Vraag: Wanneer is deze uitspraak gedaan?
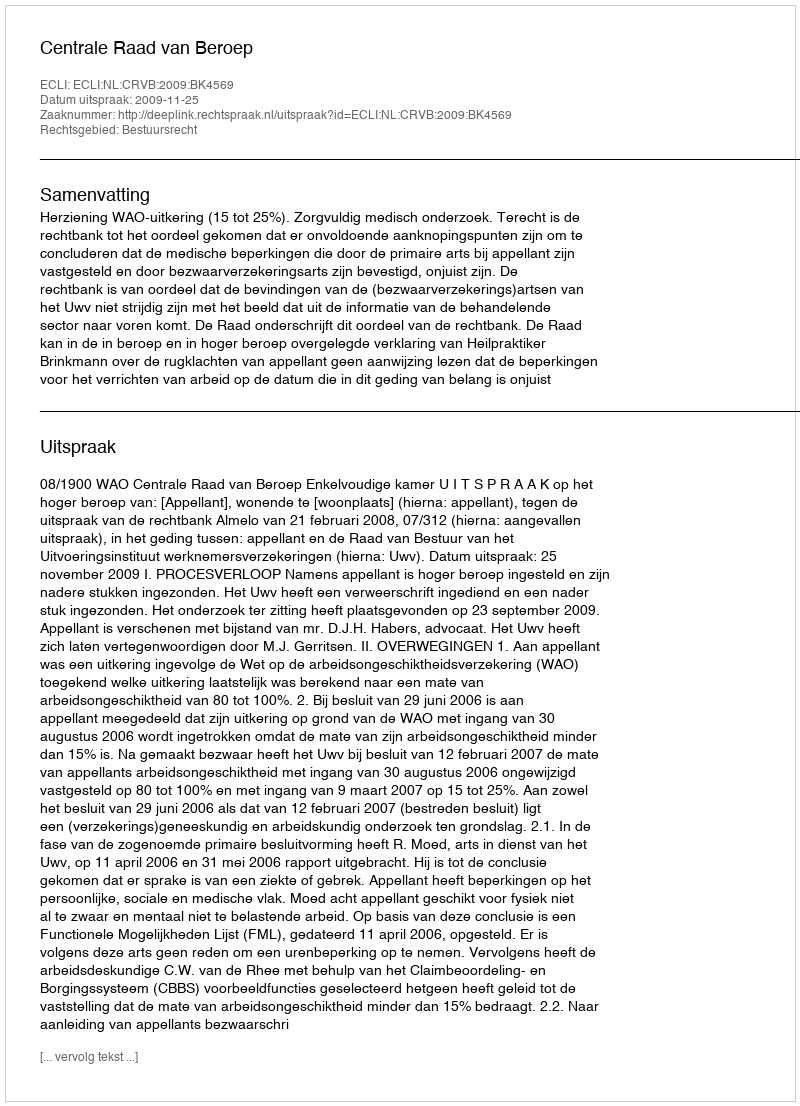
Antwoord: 2009-11-25